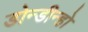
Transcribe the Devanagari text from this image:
डोन्डीन्हो